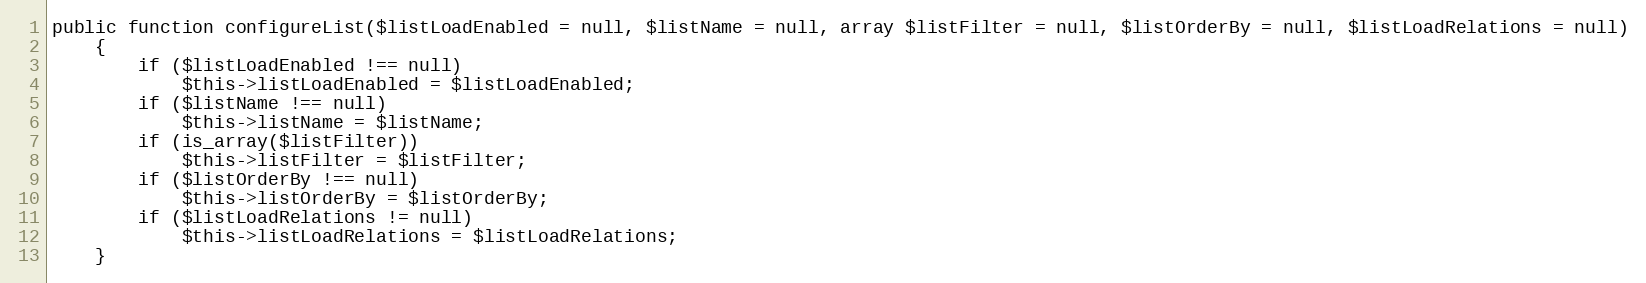
Language: PHP
public function configureList($listLoadEnabled = null, $listName = null, array $listFilter = null, $listOrderBy = null, $listLoadRelations = null)
    {
        if ($listLoadEnabled !== null)
            $this->listLoadEnabled = $listLoadEnabled;
        if ($listName !== null)
            $this->listName = $listName;
        if (is_array($listFilter))
            $this->listFilter = $listFilter;
        if ($listOrderBy !== null)
            $this->listOrderBy = $listOrderBy;
        if ($listLoadRelations != null)
            $this->listLoadRelations = $listLoadRelations;
    }